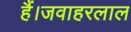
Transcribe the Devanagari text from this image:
हैं।जवाहरलाल